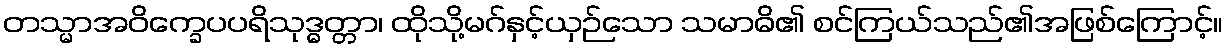
တသ္မာအဝိက္ခေပပရိသုဒ္ဓတ္တာ၊ ထိုသို့မဂ်နှင့်ယှဉ်သော သမာဓိ၏ စင်ကြယ်သည်၏အဖြစ်ကြောင့်။